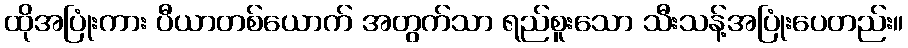
ထိုအပြုံးကား ပီယာတစ်ယောက် အတွက်သာ ရည်စူးသော သီးသန့်အပြုံးပေတည်း။